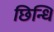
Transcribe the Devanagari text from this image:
छिन्धि